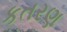
કતરણ